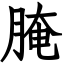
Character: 腌